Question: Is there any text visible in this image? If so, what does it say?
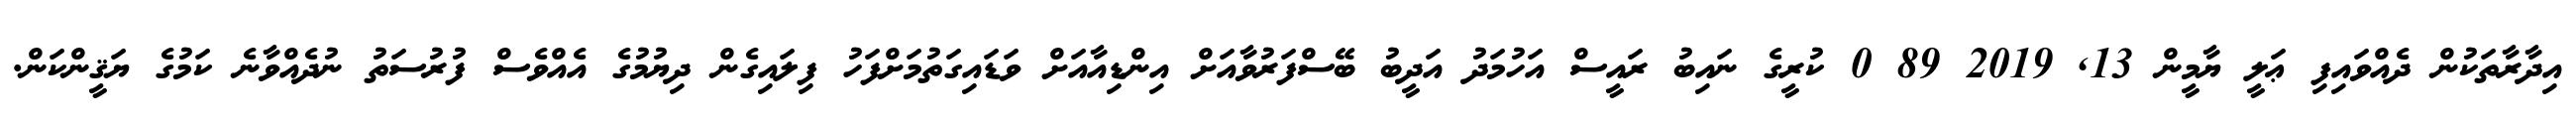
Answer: އިދާރާތަކުން ދެއްވައިފި ޢަލީ ޔާމީން 13, 2019 89 0 ކުރީގެ ނައިބު ރައީސް އަހުމަދު އަދީބު ބޭސްފަރުވާއަށް އިންޑިއާއަށް ވަޑައިގަތުމަށްފަހު ފިލައިގެން ދިޔުމުގެ އެއްވެސް ފުރުސަތު ނުދެއްވާނެ ކަމުގެ ޔަޤީންކަން.